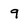
Character: 9